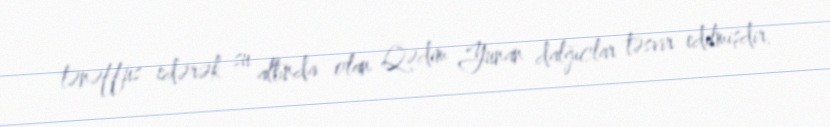
tənəffüs edərək su altında olan Qədim Yunan dalğıclar təsvir edilmişdir.